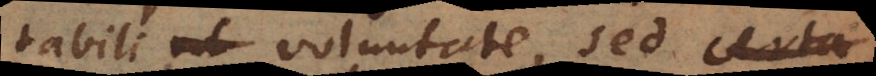
tabili voluntate, sed